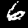
Label: 6